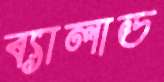
ব্যালাড